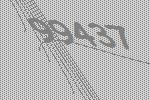
99437